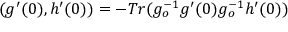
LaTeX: ( g ^ { \prime } ( 0 ) , h ^ { \prime } ( 0 ) ) = - T r ( g _ { o } ^ { - 1 } g ^ { \prime } ( 0 ) g _ { o } ^ { - 1 } h ^ { \prime } ( 0 ) )